V__Kingissepa_nim__kolhoos, lk 84
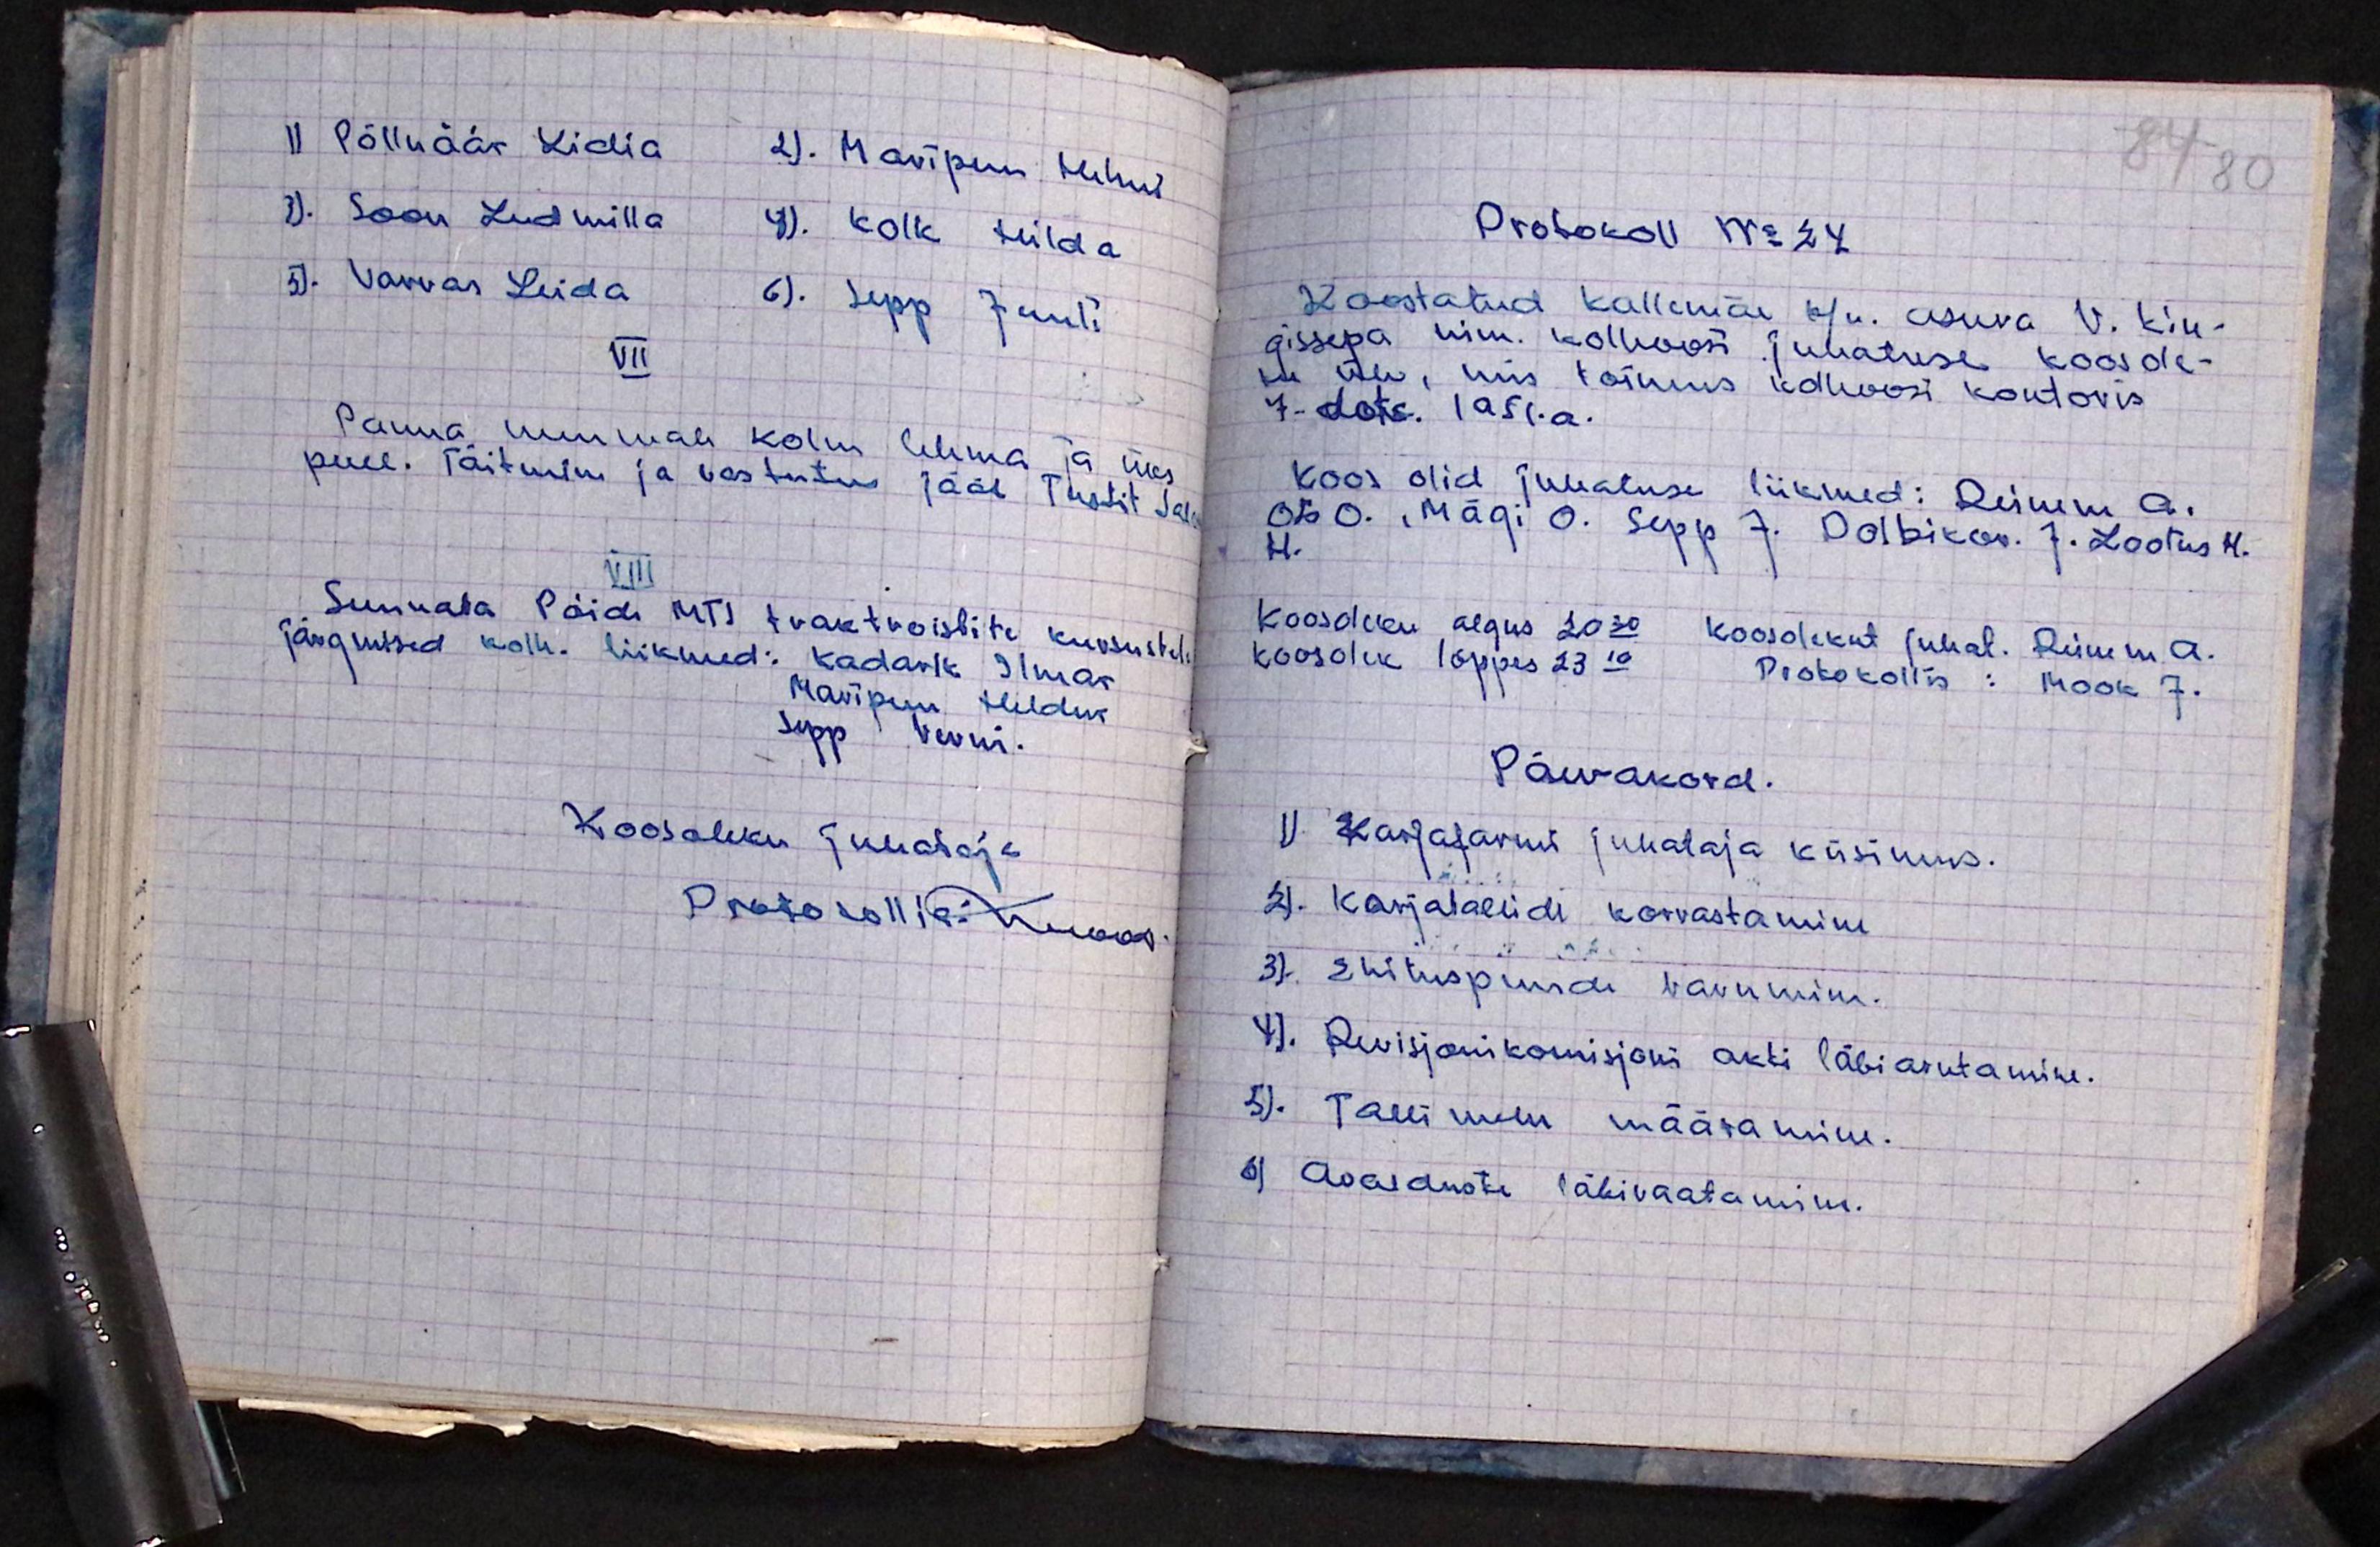
1) Põlluäär Lidia 2). Märipuu Helmi
3). Soon Ludmilla 4). Kolk Hilda
5). Varvas Leida p. Sepp Juuli
VII
Panna nuumale kolm lehma ja üks
pull. Täitmine ja vastutus jääb Tustit Salom
VII
Suunata Pöide MTI traktroistite kursustele
järgmised kolh. liikmed: Kadarik Ilmar
Maripuu Heldur
Sepp Senni.
Koosoleku juhataja
Protokollia: Kuaas-

84 80
Protokoll No 24
Koostatud Kallemäe k/n. asuva V. Kin-
gissepa nim. kolhoosi juhatuse koosole-
ku üle, mis toimus kolhoosi kontoris,
7. dets. 1951.a.
Koos olid juhatuse liikmed: Reinem A.
Ots O. Mägi O. Sepp J. Dolbikov. J. Lootus H.
H.
koosoleku algus 20.30 koosolekut juhat. Reinem A.
Koosolek lõppes 23.10 Protokollis: Mook J.
Päevakord.
1). Karjafarmi juhataja küsimus.
2). Karjatallide korrastamine
3). Ehituspuude varumine.
4). Revisjoni komisjoni akti läbiarutamine.
5). Talli mehe määramine.
6) Avalduste läbivaatamine.